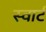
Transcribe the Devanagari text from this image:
स्वार्ट